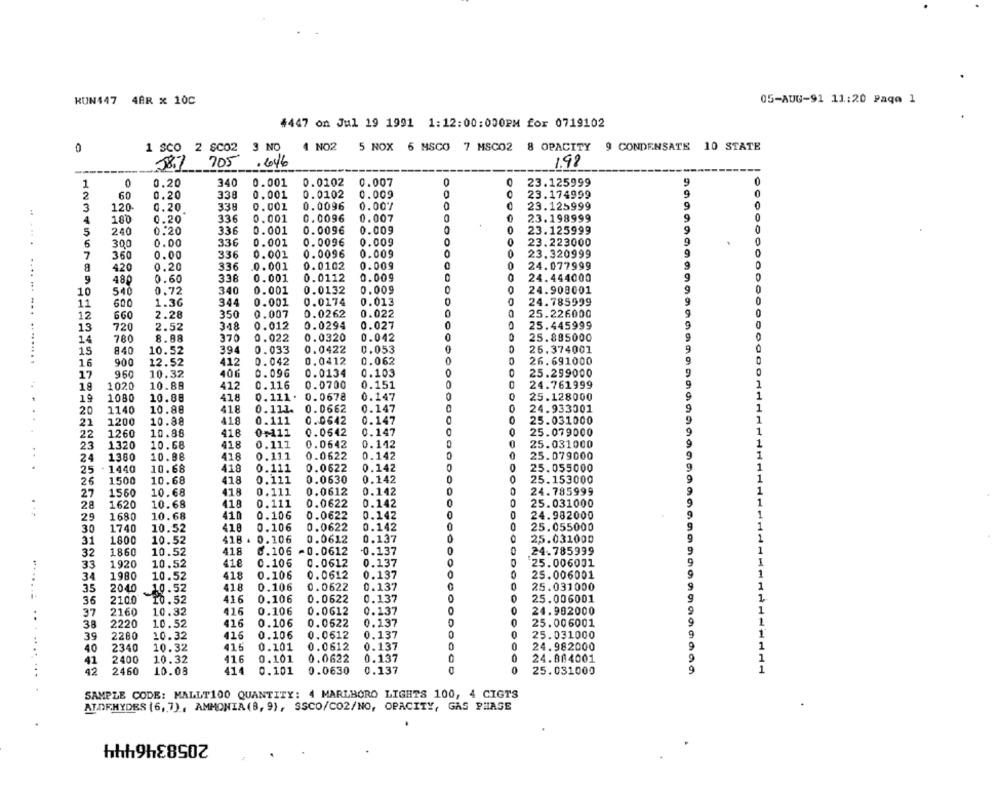
KUN447 4BR x 10C
05-AUG-91 11:20 Paqa 1
4447 on Jul 19 1991 1:12:00:000PM for 0719102
0
1 SCO 2 SC02 3 NO
4 NO2
5 NOX 6 MSCO
7 MSC02
8 OPACITY
9 CONDENSATE 10 STATE
58.7
18.7 705
.646
1.98
0
0.20
340
0.001
0.0102
0.007
0
23.125999
9
1
2
60
0.20
338
0.001
0.0102
0.009
0
23.174999
9
3
120
0.20
339
0.001
0.0096
0.00%
0
23.125999
9
4
180
0.20
336
0.001
0.0096
0.007
23.198999
9
336
0.001
0.0096
0.009
0
23.125999
5
240
0.20
6
300
0.00
336
0.001
0.0096
0.009
0
23.223000
9
7
336
0.002
0.0096
0.009
0
23.320999
9
360
0.00
420
0.20
336
0.001
0.0102
0.009
24.077999
9
9
0.001
0.0112
0.009
0
24.444000
480
0.60
336
10
540
0.72
340
0.001
0.0132
0.009
0
0
24.908001
9
1.36
344
0.001
0.0174
0.013
24.785999
11
600
12
660
2.28
350
0.007
0.0262
0.022
0
0
25.226000
9
318
0.0294
0.027
13
720
2.52
0.012
25.445999
14
780
8.88
370
0.022
0.0320
0.042
25.885000
.. .... .... ... ... .......
394
0.033
0.0422
0.053
0
15
840
10.52
25.374001
16
900
12.52
412
0.042
0.0412
0.062
26.691000
9.60
10.32
406
0.096
0.0134
0.103
25.299000
17
18
1020
10.88
412
0.116
0.0700
0.151
0
24.761999
418
0.111 .
0.0678
0.147
25.128000
19
1080
10.88
20
1140
10.88
418
0.111.
0.0662
0.147
24.933001
418
0.111
0.0642
0.147
0
25.031000
21
1200
10.88
22
1260
10.88
418
0+111
0.0642
0.147
25.079000
10.68
418
0.111
0.0642
0.142
25.031000
..
23
1.320
24
1380
10.88
418
0.11.1
0.0622
0.142
25.079000
1440
10.68
418
0.0622
0.142
25.055000
25
0.111
26
1500
10.68
418
0.111
0.0630
0.142
0
25.153000
418
0.111
0.0612
0.142
24.785999
27
1560
10.68
28
1620
10.68
418
0.111
0.0622
0.142
0
0
25.031000
10.68
410
0.106
0.0622
0.142
24.982000
29
1680
30
1740
10.52
418
0.106
0.0622
0.142
25.055000
418 4
0.106
0.0612
0.137
25.031000
31
1800
10.52
32
1860
10.52
418
6.106
-0.0612
0.137
24.785999
418
0.106
0.0612
0.137
25.006001
33
1920
10.52
34
1980
10.52
418
0.106
0.0612
0.137
0
25.006001
418
0.0622
0.137
25.031000
35
2040
0.106
36
2100
10.52
416
0.106
0. 0622
0.137
25.006001
0.137
24.902000
37
2160
10.32
416
0.106
0.0612
38
2220
10.52
416
0.106
0.0622
0.137
0
25.006001
0.137
39
2260
10.32
416
0.106
0.0612
OODO
25.031000
40
2340
10.32
415
0.101
0.0612
0.137
0
24.982000
0.101
0.0622
0.137
0
24.884001
41
2400
10.32
416
42
2460
10.08
414
0.101
0.0630
0.137
0
25.031000
.. 9 999 99999999
....... .. . .... ... .
SAMPLE CODE: MALLT100 QUANTITY: 4 MARLBORO LIGHTS 100, 4 CIGTS
ALDEHYDES (6, 7) , AMMONIA (8, 9), SSCO/CO2/NO, OPACITY, GAS PHASE
2058346444